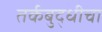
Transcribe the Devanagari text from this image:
तर्कबुद्धीचा